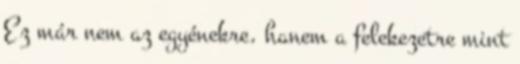
Ez már nem az egyénekre, hanem a felekezetre mint